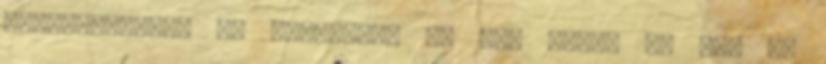
berozsdásodni az agyunkat, és még akkor is tud új